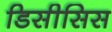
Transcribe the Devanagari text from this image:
डिसीसिस